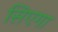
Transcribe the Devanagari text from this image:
सिएगा